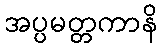
အပ္ပမတ္တကာနိ